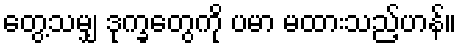
တွေ့သမျှ ဒုက္ခတွေကို ပမာ မထားသည့်ဟန်။